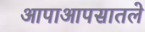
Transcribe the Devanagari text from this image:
आपाआपसातले